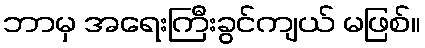
ဘာမှ အရေးကြီးခွင်ကျယ် မဖြစ်။